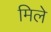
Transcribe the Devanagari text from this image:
मिले